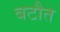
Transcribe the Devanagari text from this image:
बटौत